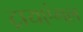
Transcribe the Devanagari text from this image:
ट्रायएंगल